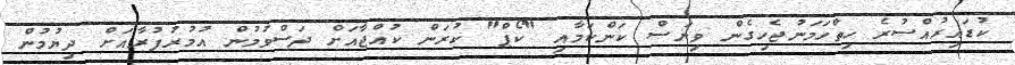
ކުޑައިރުއްސުރެ ހިތްހަމަނުޖެހިގެން ވިޔަސް ކަންކަމާއި "ކޯޕް" ކުރަން ކުއްޖާއަށް ދަސްވުމުން އުމުރުފުރާއަށް ދިޔުމުން